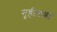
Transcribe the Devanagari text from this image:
गृहीतव्य